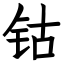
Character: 钴